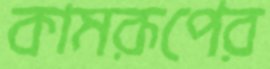
কামরূপের